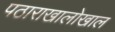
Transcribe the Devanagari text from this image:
पठाराखालोखाल